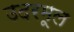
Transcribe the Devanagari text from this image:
उदरमूल